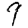
Digit: 9